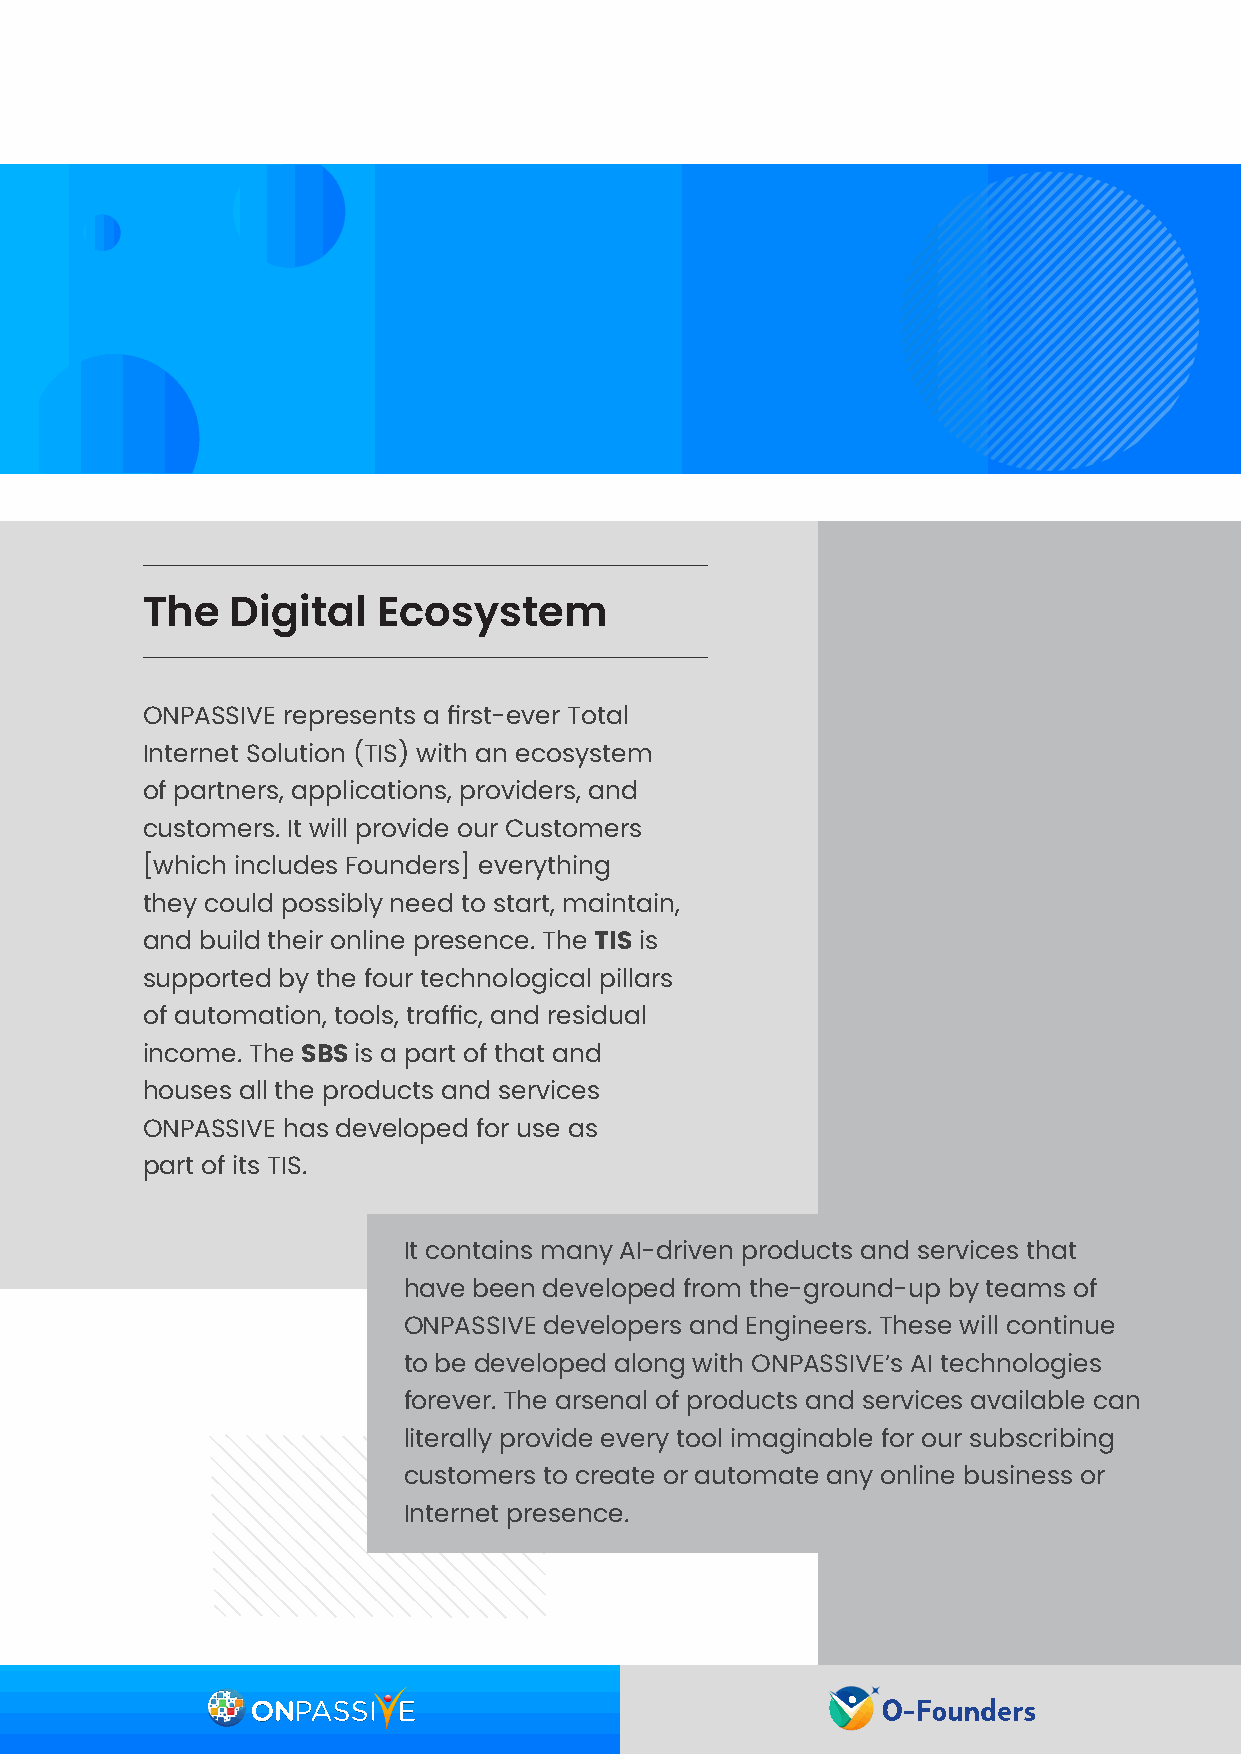
The   Digital   Ecosystem
 ONPASSIVE represents a first-ever Total
 Internet Solution (TIS) with an ecosystem
 of partners, applications, providers, and
 customers. It will provide our Customers
 [which includes Founders] everything
 they could possibly need to start, maintain,
 and build their online presence. The TIS is
 supported by the four technological pillars
 of automation, tools, traffic, and residual
 income. The SBS is a part of that and
 houses all the products and services
 ONPASSIVE has developed for use as
 part of its TIS.
 It contains many AI-driven products and services that
 have been developed from the-ground-up by teams of
 ONPASSIVE developers and Engineers. These will continue
 to be developed along with ONPASSIVE’s AI technologies
 forever. The arsenal of products and services available can
 literally provide every tool imaginable for our subscribing
 customers to create or automate any online business or
 Internet presence.